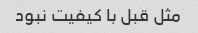
مثل قبل با کیفیت نبود